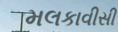
મલકાવીસી